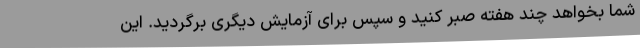
شما بخواهد چند هفته صبر کنید و سپس برای آزمایش دیگری برگردید. این